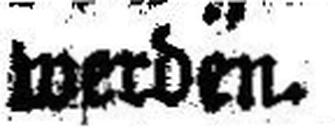
werden.